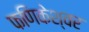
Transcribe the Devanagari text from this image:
फणिकेश्वर